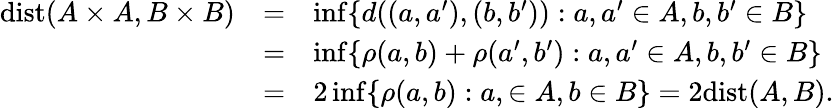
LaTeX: \begin{array}{lll}{\mathrm{dist}(A\times A,B\times B)}&{=}&{\operatorname*{inf}\{ d((a,a^{\prime}),(b,b^{\prime})):a,a^{\prime}\in A,b,b^{\prime}\in B\} }\\ &{=}&{\operatorname*{inf}\{ \rho(a,b)+\rho(a^{\prime},b^{\prime}):a,a^{\prime}\in A,b,b^{\prime}\in B\} }\\ &{=}&{2\operatorname*{inf}\{ \rho(a,b):a,\in A,b\in B\} =2\mathrm{dist}(A,B).}\end{array}